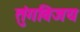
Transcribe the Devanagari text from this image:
तुंगविजय